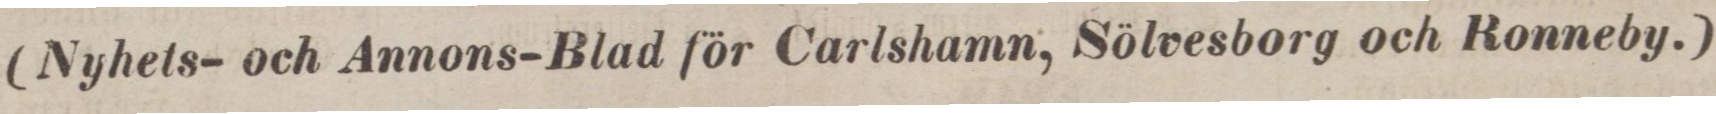
(Nyhets- och Annons-Blad för Carlshamn, Sölvesborg och Ronneby.)